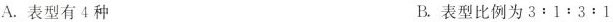
A.表型有4种 B.表型比例为3:1:3:1